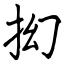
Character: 抝